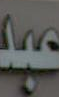
عبد